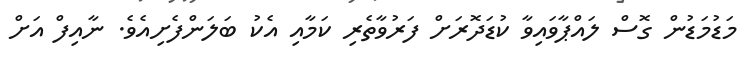
މަޑުމަޑުން ގޮސް ލައްޕާވައިވާ ކުޑަދޮރަށް ފަރުވާތެރި ކަމާއި އެކު ބަލަންފެށިއެވެ. ނާއިފް އަށް